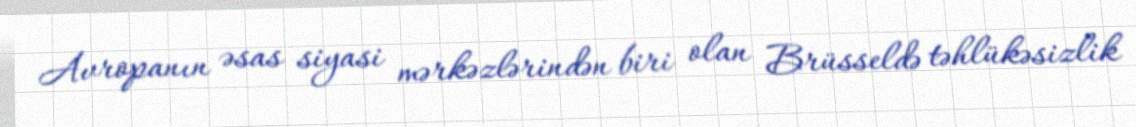
Avropanın əsas siyasi mərkəzlərindən biri olan Brüsseldə təhlükəsizlik